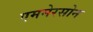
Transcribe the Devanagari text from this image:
एममेरसोन